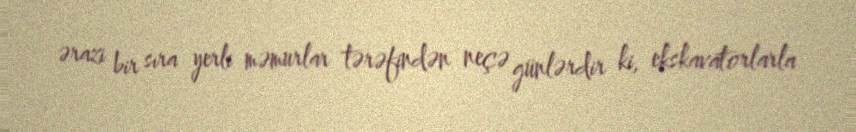
ərazi bir sıra yerli məmurlar tərəfindən neçə günlərdir ki, ekskavatorlarla